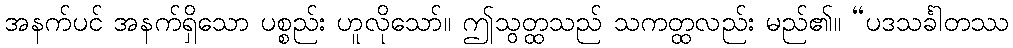
အနက်ပင် အနက်ရှိသော ပစ္စည်း ဟူလိုသော်။ ဤသွတ္ထသည် သကတ္ထလည်း မည်၏။ “ပဒသင်္ခါတဿ